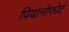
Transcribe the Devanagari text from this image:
पियानोफोर्ट